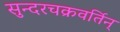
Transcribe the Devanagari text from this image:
सुन्दरचक्रवर्तिन्